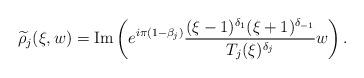
LaTeX: \begin{align*}\widetilde{\rho}_j(\xi,w)={\rm Im}\left(e^{i\pi(1-\beta_j)}\frac{(\xi-1)^{\delta_1} (\xi+1)^{\delta_{-1}}}{T_j(\xi)^{\delta_j}}w\right).\end{align*}